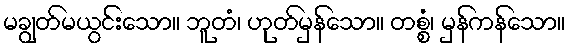
မချွတ်မယွင်းသော။ ဘူတံ၊ ဟုတ်မှန်သော။ တစ္စံ၊ မှန်ကန်သော။